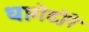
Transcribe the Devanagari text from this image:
धागेदोरे